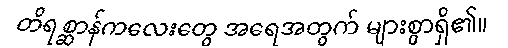
တိရစ္ဆာန်ကလေးတွေ အရေအတွက် များစွာရှိ၏။